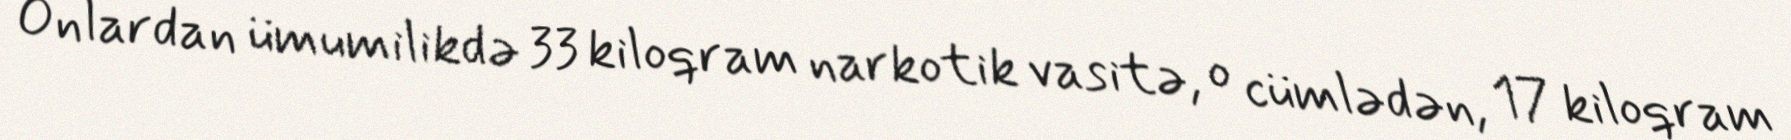
Onlardan ümumilikdə 33 kiloqram narkotik vasitə, o cümlədən, 17 kiloqram